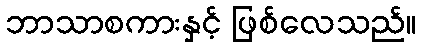
ဘာသာစကားနှင့် ဖြစ်လေသည်။